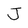
Character: J